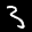
Label: 3